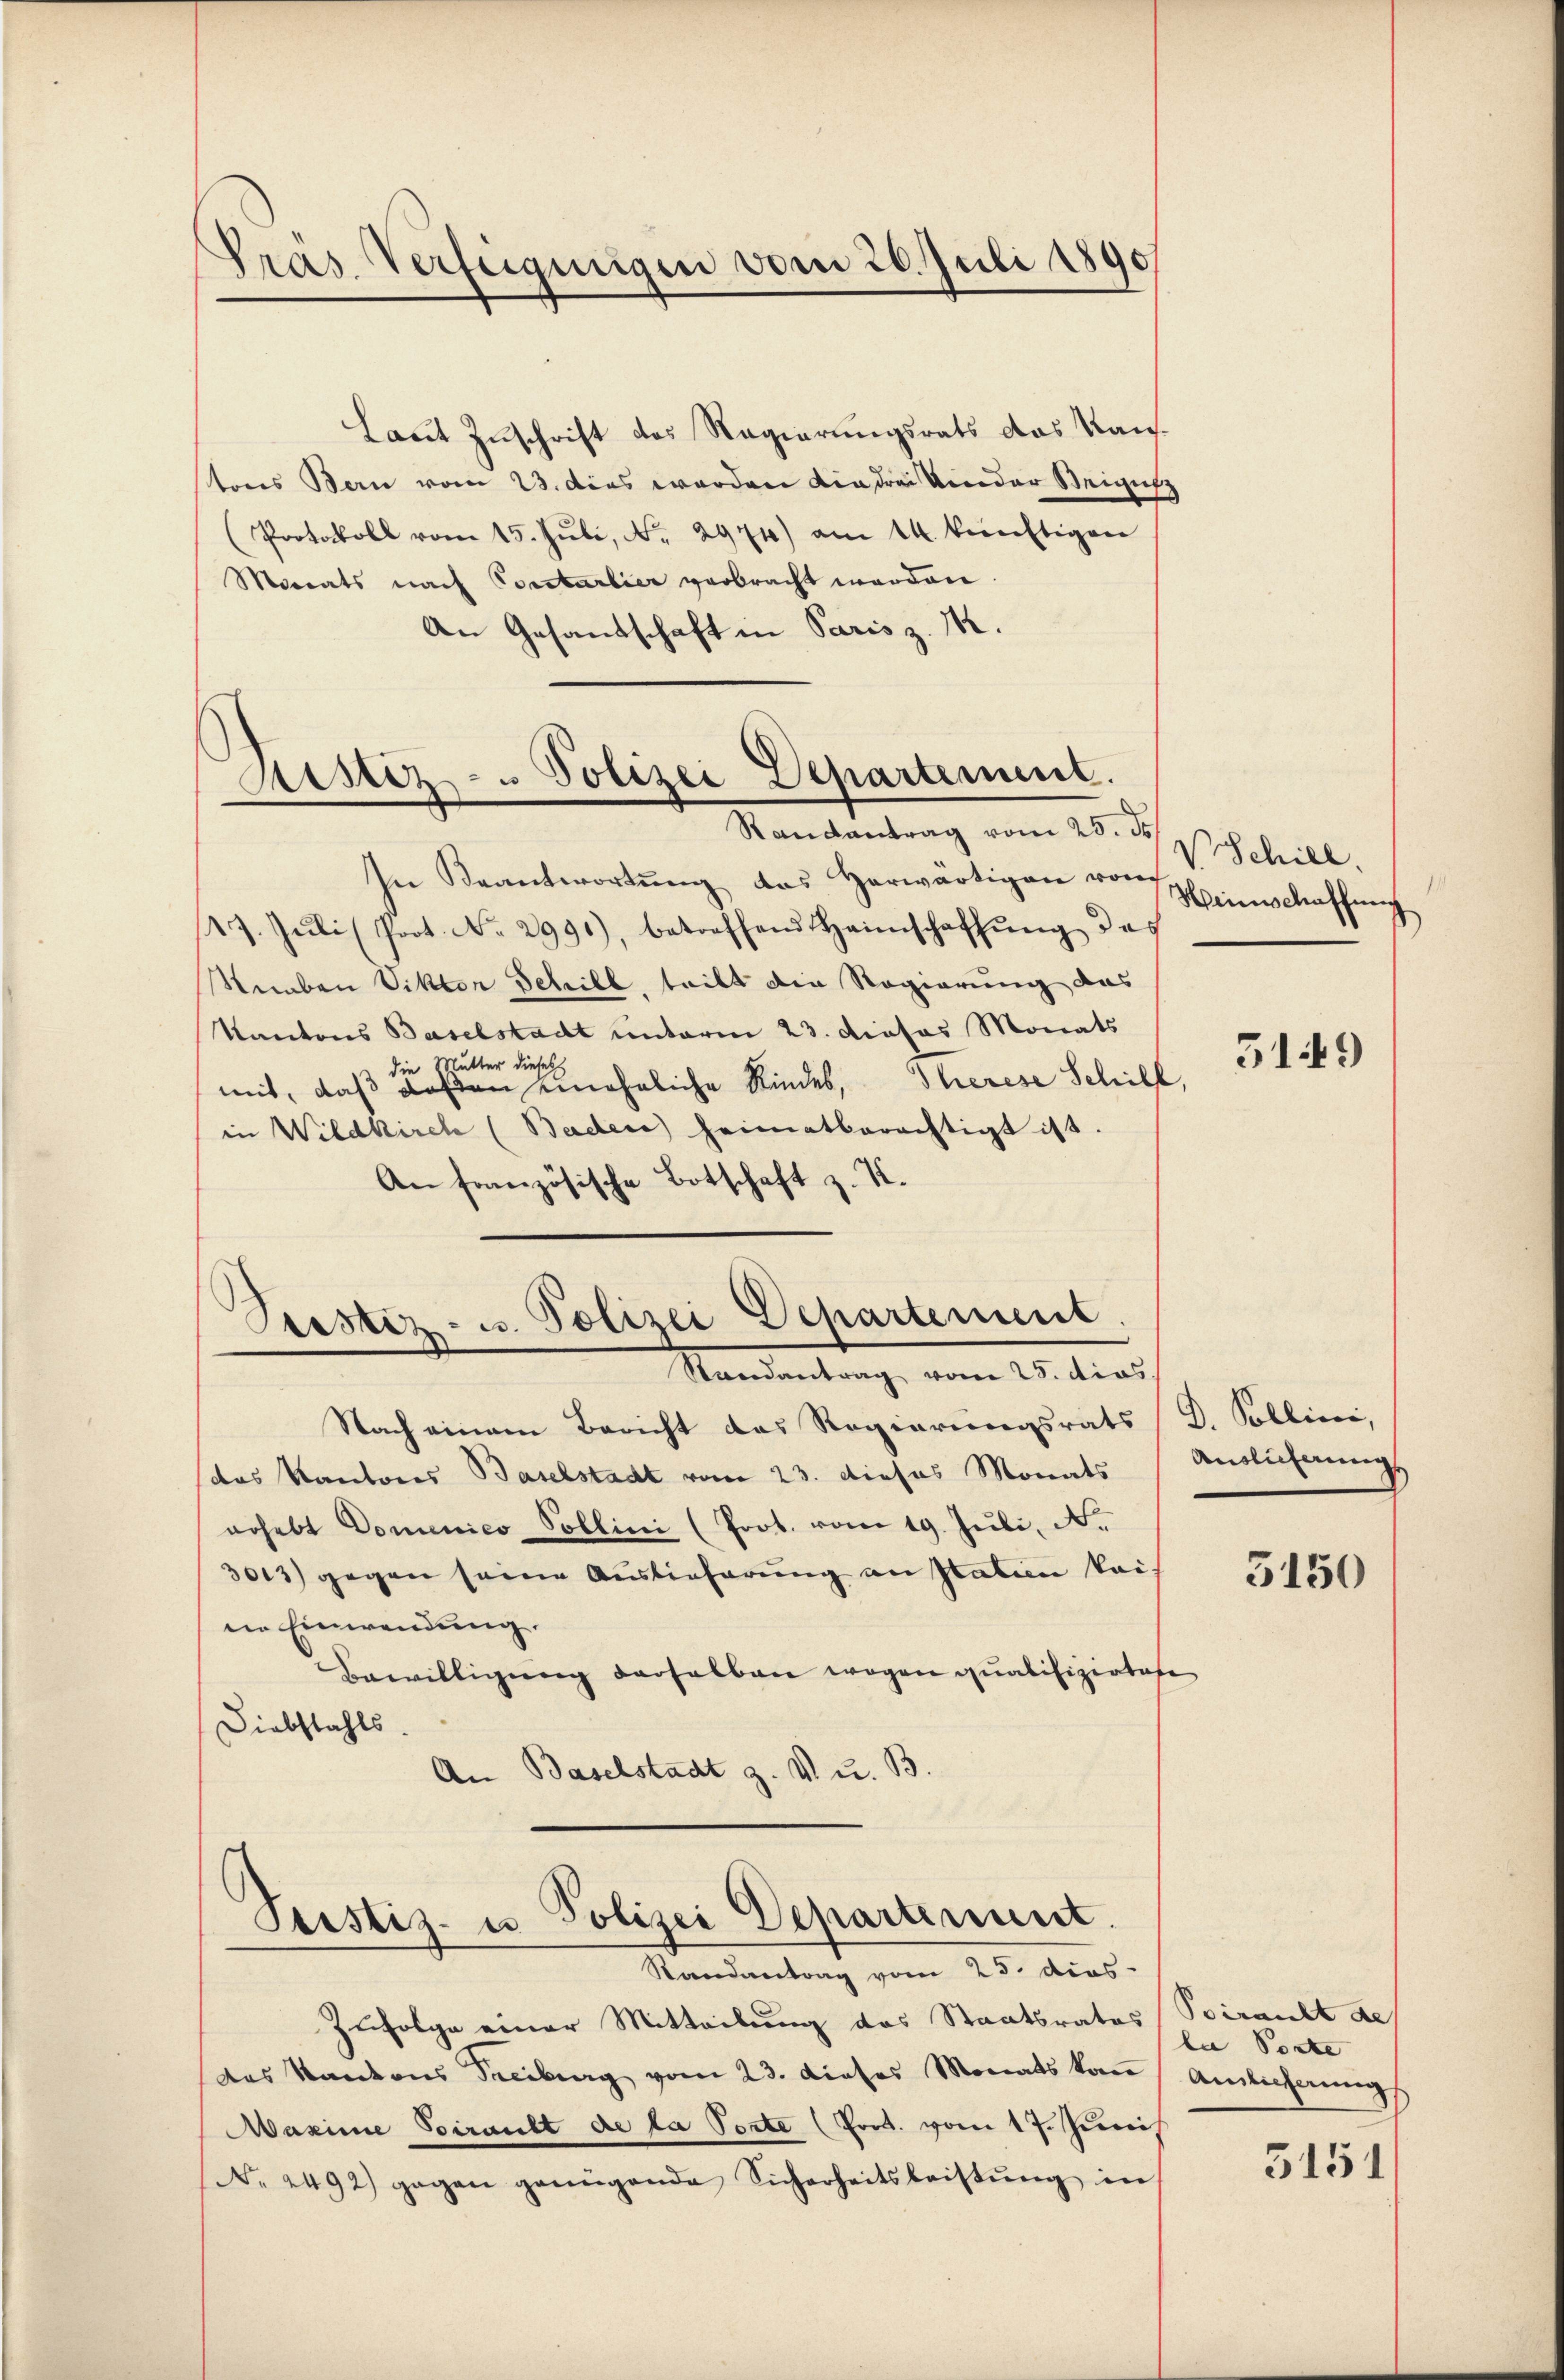
Präs. Verfügungen vom 26. Juli 1890

Laut Zuschrift des Regierungsrats das Kantores Bern vom 23. dies werden die drei Kinder Neigun
Protokoll vom 15. Jŭli, No. 2974) am 14. künftigen
Moorats nach Constarlier verbracht worden
An Gesandschaft in Paris z. M.

Ristiz- u Polizei Departement.
d
dan

In Beantwortung des Herwärtigen von Hinschaffung
129. Jŭli (Prot. No. 2991), betreffend Heimschaffŭng des
Stueben Viktor Schill, teilt die Regierung das
Kantons Baselstadt unterm 23. dieses Monats
er dieses
die Mut
mit, daß deßen eineheliche Kindes, Therese Schill,
in Wildkirch (Baden heimatberächtigt ist.
An französische Botschaft z. K.
Nach einem Bericht das Regierungsrats D. Pollini,
das Kantores Baselstadt vom 23. dieses Monats
nohebt Domenico Pollini (Prot. vom 19. Juli, N.
3013) gegen seine Auslieferung an Station kais
in Einwendung.
Bewilligŭng derselben wegen qualifiziater
Diebstahls.
An Baselstadt z. v. u. B.

.
Pustiz- u. Polizei Departement.
Randantrag vom 25. dies

Seistiz- u Polizei Departement.
Randantrag vom 23. dies

ag vom 25. ds. v. Schill.

Zufolge einer Mitteilung des Staatsrates Spirant de
das Kantons Treiburg vom 23. dieses Monats kam Amlicherungs
Maxime Pirault de la Porte (Fact. vom 17. Junis
No. 2492) gegen genügende Sicherheitsleistŭng in

1

5149

Auslicherung

e

5150

la Porte

3151